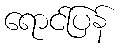
ရောင်ပြန်